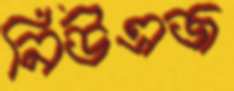
নিউএজ